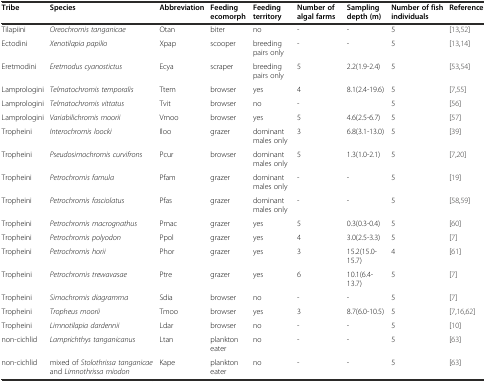
<table><thead><tr><td><b>Tribe</b></td><td><b>Species</b></td><td><b>Abbreviation</b></td><td><b>Feeding ecomorph</b></td><td><b>Feeding territory</b></td><td><b>Number of algal farms</b></td><td><b>Sampling depth (m)</b></td><td><b>Number of fish individuals</b></td><td><b>Reference</b></td></tr></thead><tbody><tr><td>Tilapiini</td><td><i>Oreochromis tanganicae</i></td><td>Otan</td><td>biter</td><td>no</td><td>-</td><td>-</td><td>5</td><td>[13,52]</td></tr><tr><td>Ectodini</td><td><i>Xenotilapia papilio</i></td><td>Xpap</td><td>scooper</td><td>breeding pairs only</td><td>-</td><td>-</td><td>5</td><td>[13,14]</td></tr><tr><td>Eretmodini</td><td><i>Eretmodus cyanostictus</i></td><td>Ecya</td><td>scraper</td><td>breeding pairs only</td><td>5</td><td>2.2(1.9-2.4)</td><td>5</td><td>[53,54]</td></tr><tr><td>Lamprologini</td><td><i>Telmatochromis temporalis</i></td><td>Ttem</td><td>browser</td><td>yes</td><td>4</td><td>8.1(2.4-19.6)</td><td>5</td><td>[7,55]</td></tr><tr><td>Lamprologini</td><td><i>Telmatochromis vittatus</i></td><td>Tvit</td><td>browser</td><td>no</td><td>-</td><td></td><td>5</td><td>[56]</td></tr><tr><td>Lamprologini</td><td><i>Variabilichromis moorii</i></td><td>Vmoo</td><td>browser</td><td>yes</td><td>5</td><td>4.6(2.5-6.7)</td><td>5</td><td>[57]</td></tr><tr><td>Tropheini</td><td><i>Interochromis loocki</i></td><td>Iloo</td><td>grazer</td><td>dominant males only</td><td>3</td><td>6.8(3.1-13.0)</td><td>5</td><td>[39]</td></tr><tr><td>Tropheini</td><td><i>Pseudosimochromis curvifrons</i></td><td>Pcur</td><td>browser</td><td>dominant males only</td><td>5</td><td>1.3(1.0-2.1)</td><td>5</td><td>[7,20]</td></tr><tr><td>Tropheini</td><td><i>Petrochromis famula</i></td><td>Pfam</td><td>grazer</td><td>dominant males only</td><td>-</td><td>-</td><td>5</td><td>[19]</td></tr><tr><td>Tropheini</td><td><i>Petrochromis fasciolatus</i></td><td>Pfas</td><td>grazer</td><td>dominant males only</td><td>-</td><td>-</td><td>5</td><td>[58,59]</td></tr><tr><td>Tropheini</td><td><i>Petrochromis macrognathus</i></td><td>Pmac</td><td>grazer</td><td>yes</td><td>5</td><td>0.3(0.3-0.4)</td><td>5</td><td>[60]</td></tr><tr><td>Tropheini</td><td><i>Petrochromis polyodon</i></td><td>Ppol</td><td>grazer</td><td>yes</td><td>4</td><td>3.0(2.5-3.3)</td><td>5</td><td>[7]</td></tr><tr><td>Tropheini</td><td><i>Petrochromis horii</i></td><td>Phor</td><td>grazer</td><td>yes</td><td>3</td><td>15.2(15.0-15.7)</td><td>4</td><td>[61]</td></tr><tr><td>Tropheini</td><td><i>Petrochromis trewavasae</i></td><td>Ptre</td><td>grazer</td><td>yes</td><td>6</td><td>10.1(6.4-13.7)</td><td>5</td><td>[7]</td></tr><tr><td>Tropheini</td><td><i>Simochromis diagramma</i></td><td>Sdia</td><td>browser</td><td>no</td><td>-</td><td>-</td><td>5</td><td>[7]</td></tr><tr><td>Tropheini</td><td><i>Tropheus moorii</i></td><td>Tmoo</td><td>browser</td><td>yes</td><td>3</td><td>8.7(6.0-10.5)</td><td>5</td><td>[7,16,62]</td></tr><tr><td>Tropheini</td><td><i>Limnotilapia dardennii</i></td><td>Ldar</td><td>browser</td><td>no</td><td>-</td><td>-</td><td>5</td><td>[10]</td></tr><tr><td>non-cichlid</td><td><i>Lamprichthys tanganicanus</i></td><td>Ltan</td><td>plankton eater</td><td>no</td><td>-</td><td>-</td><td>5</td><td>[63]</td></tr><tr><td>non-cichlid</td><td>mixed of <i>Stolothrissa tanganicae</i> and <i>Limnothrissa miodon</i></td><td>Kape</td><td>plankton eater</td><td>no</td><td>-</td><td>-</td><td>5</td><td>[63]</td></tr></tbody></table>